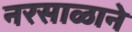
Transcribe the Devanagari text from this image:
नरसाळाने